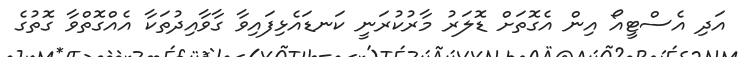
އަދި އެސްޓީއޯ އިން އެގޮތަށް ޑޮލަރު މާރުކުރަނީ ކަނޑައެޅިފައިވާ ގާވާއިދުތަކާ އެއްގޮތްވާ ގޮތުގެ